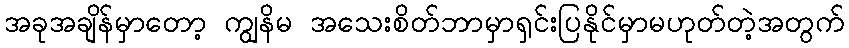
အခုအချိန်မှာတော့ ကျွနိမ အသေးစိတ်ဘာမှာရှင်းပြနိုင်မှာမဟုတ်တဲ့အတွက်